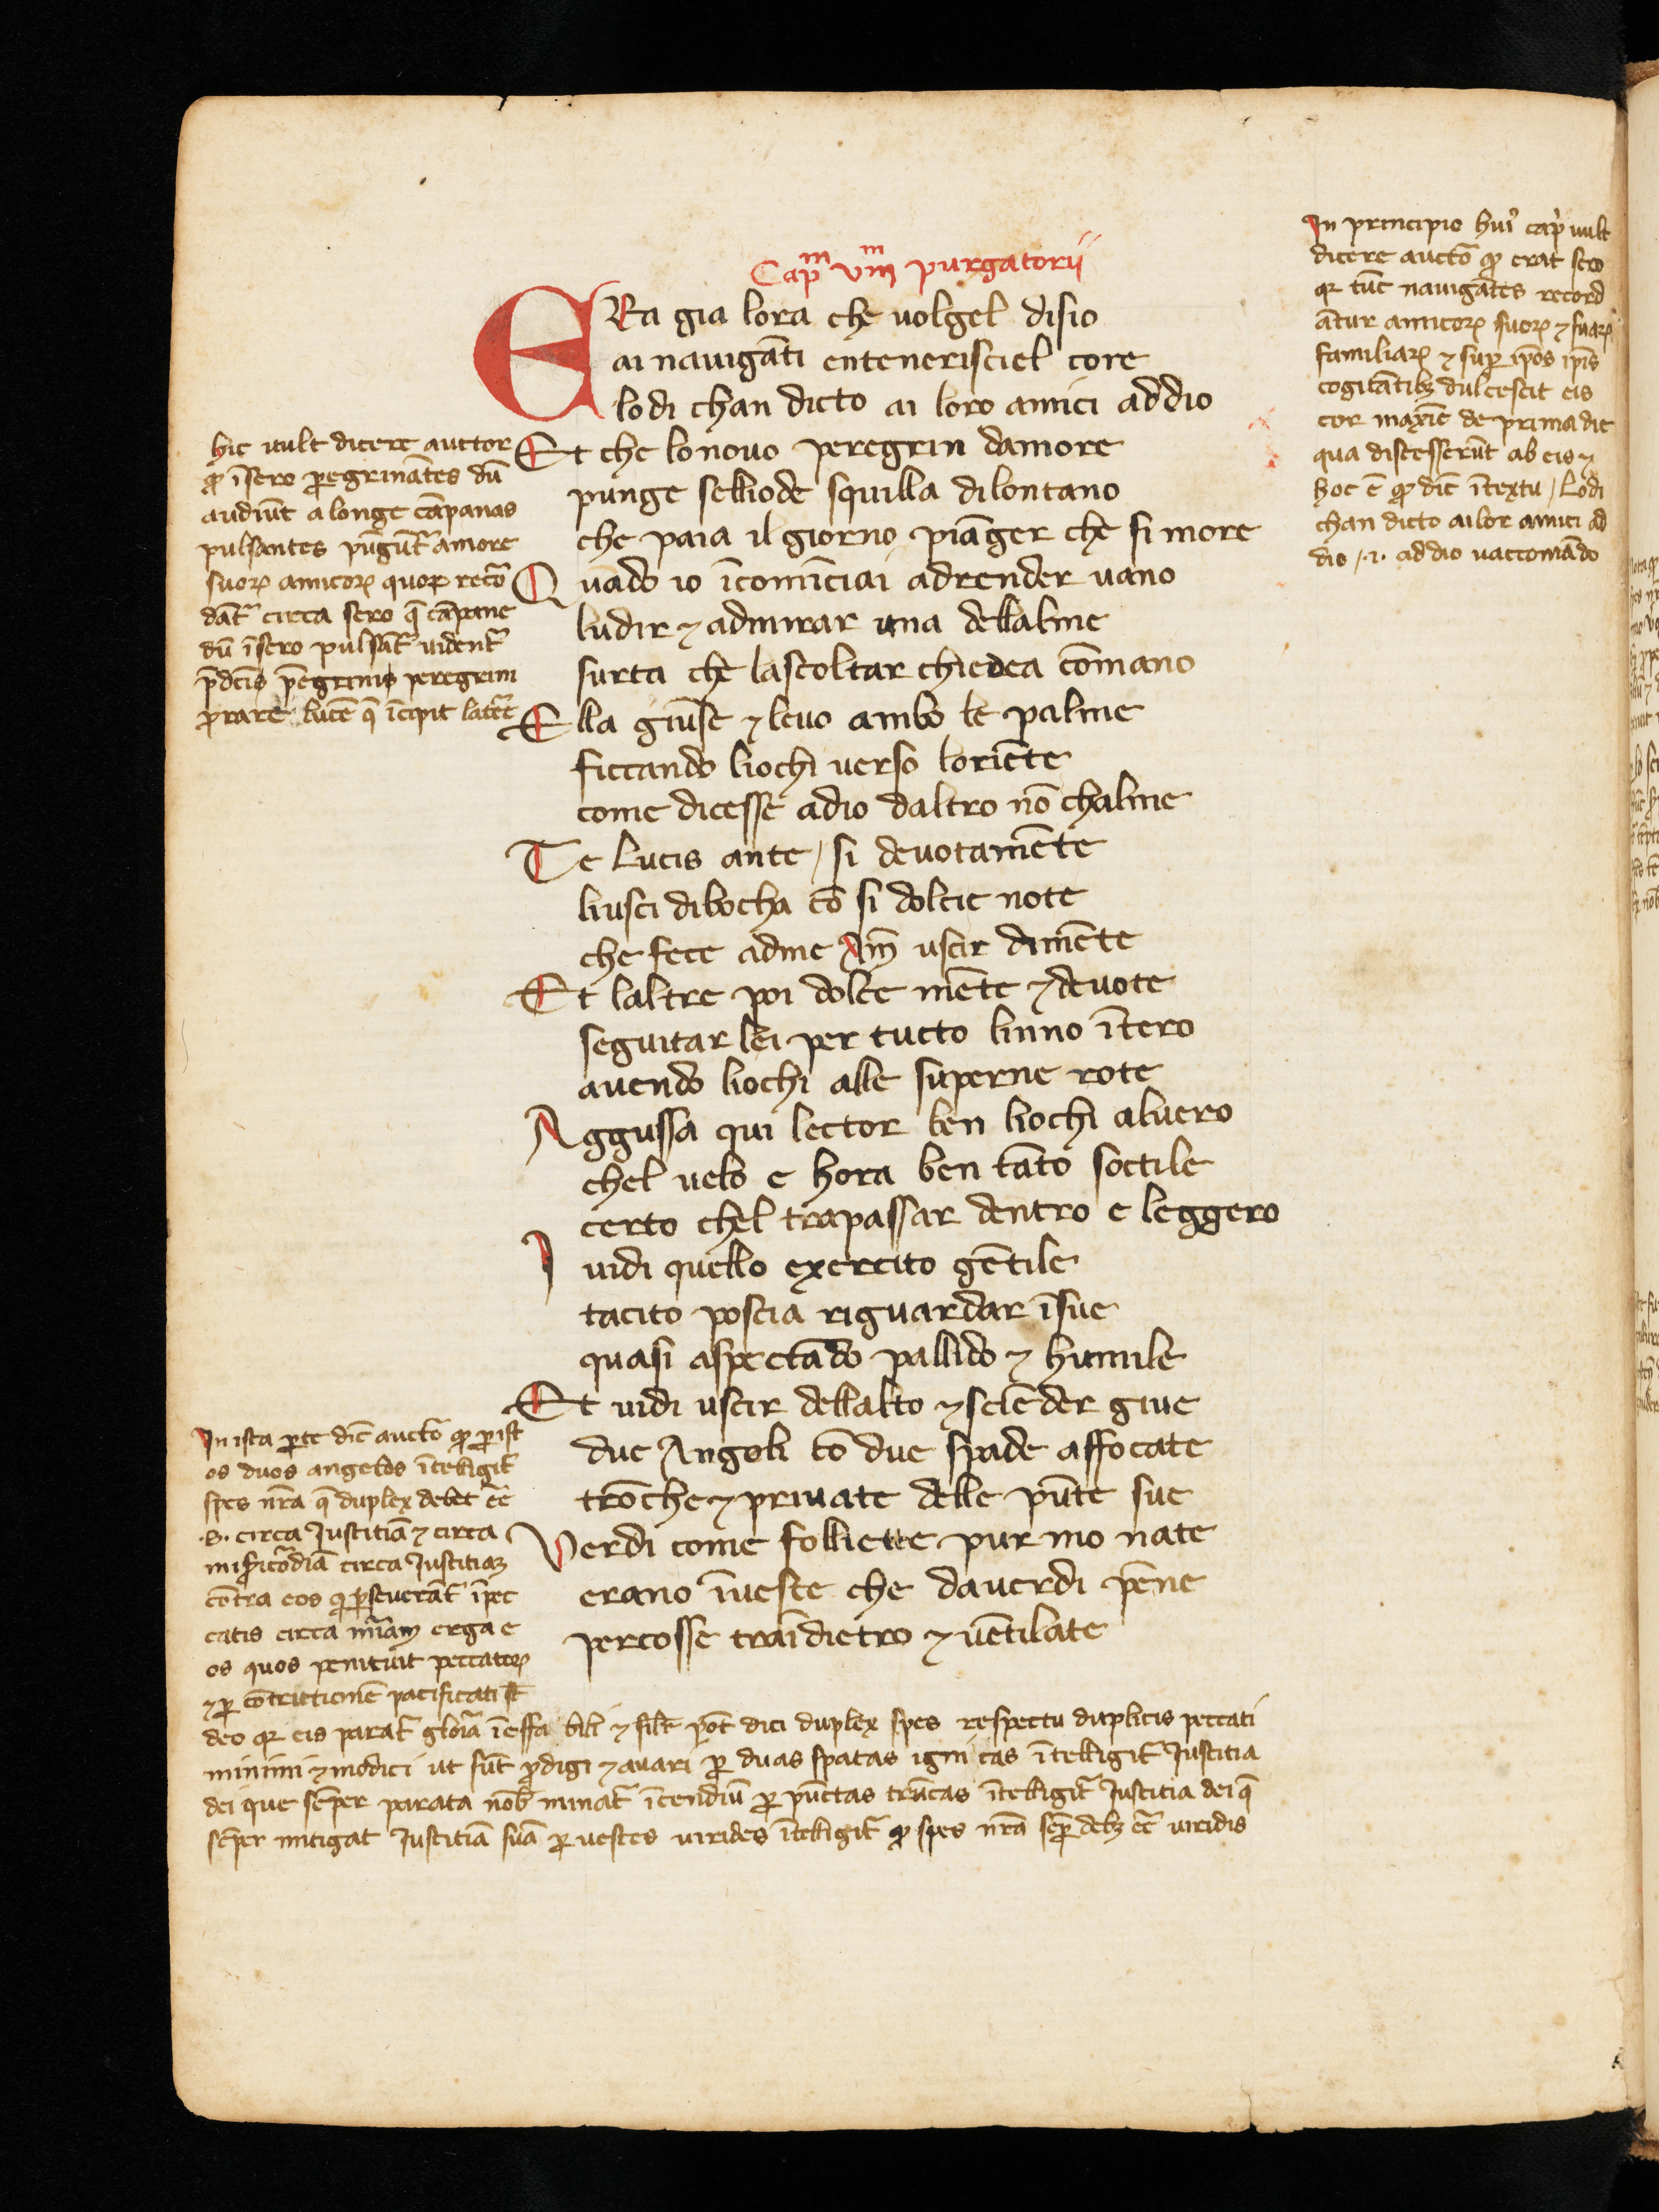
Shelfmark: Cologny-Geneve, Fondation Martin Bodmer, Cod. Bodmer 55
Century: 14